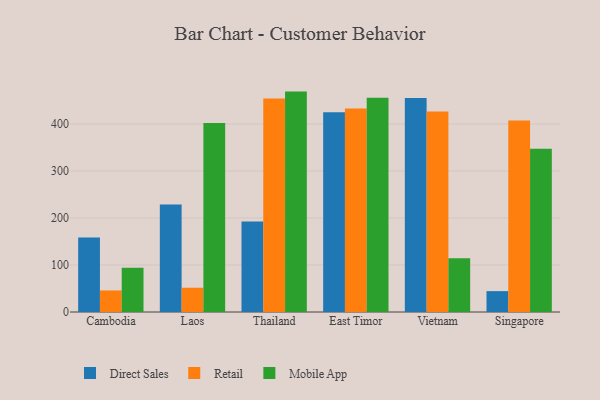
{"axis": {"x": "Country", "y": "Energy Usage (MWh)"}, "legend": ["Direct Sales", "Mobile App", "Retail"], "data": [{"x": "Cambodia", "y": 158.6, "type": "Direct Sales"}, {"x": "Cambodia", "y": 45.9, "type": "Retail"}, {"x": "Cambodia", "y": 94.3, "type": "Mobile App"}, {"x": "Laos", "y": 228.9, "type": "Direct Sales"}, {"x": "Laos", "y": 51.6, "type": "Retail"}, {"x": "Laos", "y": 402.3, "type": "Mobile App"}, {"x": "Thailand", "y": 192.4, "type": "Direct Sales"}, {"x": "Thailand", "y": 454.3, "type": "Retail"}, {"x": "Thailand", "y": 468.9, "type": "Mobile App"}, {"x": "East Timor", "y": 425.0, "type": "Direct Sales"}, {"x": "East Timor", "y": 433.1, "type": "Retail"}, {"x": "East Timor", "y": 456.0, "type": "Mobile App"}, {"x": "Vietnam", "y": 455.1, "type": "Direct Sales"}, {"x": "Vietnam", "y": 426.8, "type": "Retail"}, {"x": "Vietnam", "y": 114.2, "type": "Mobile App"}, {"x": "Singapore", "y": 44.4, "type": "Direct Sales"}, {"x": "Singapore", "y": 407.3, "type": "Retail"}, {"x": "Singapore", "y": 347.5, "type": "Mobile App"}]}